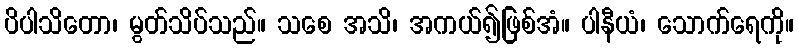
ပိပါသိတော၊ မွတ်သိပ်သည်။ သစေ အသိ၊ အကယ်၍ဖြစ်အံ။ ပါနီယံ၊ သောက်ရေကို။